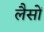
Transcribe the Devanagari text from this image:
लैसों